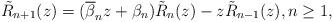
LaTeX: \begin{align*} \tilde{R}_{n+1}(z) = (\overline{\beta}_{n} z + \beta_{n}) \tilde{R}_{n}(z) - z \tilde{R}_{n-1}(z), n \geq 1,\end{align*}